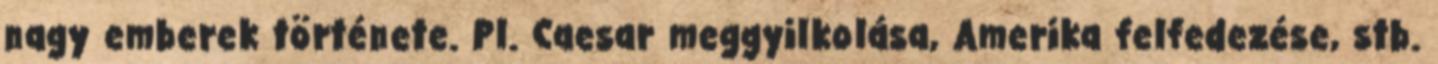
nagy emberek története. Pl. Caesar meggyilkolása, Amerika felfedezése, stb.